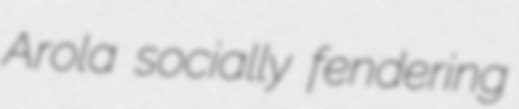
Arola socially fendering